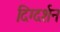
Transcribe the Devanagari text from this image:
दिग्‍दर्शन